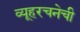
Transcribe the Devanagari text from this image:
व्यूहरचनेची